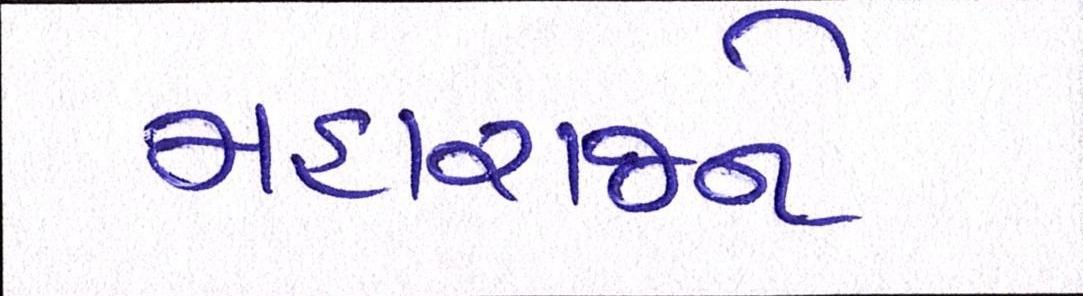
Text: મહારાજને